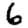
Digit: 6